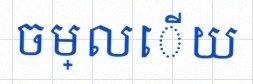
ចម្លើយ